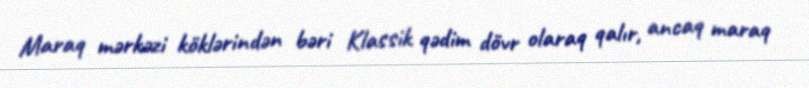
Maraq mərkəzi köklərindən bəri Klassik qədim dövr olaraq qalır, ancaq maraq